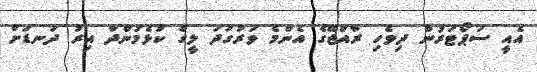
އެއީ ސަޕޯޓަރުން ދިވެހި ރާއްޖޭގެ އެންމެ ވަރުގަދަ ލީގް ކުޅެމުންދާ އިރު ދަނޑަށް